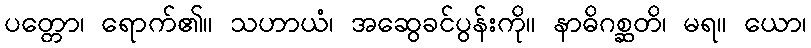
ပတ္တော၊ ရောက်၏။ သဟာယံ၊ အဆွေခင်ပွန်းကို။ နာဓိဂစ္ဆတိ၊ မရ။ ယော၊